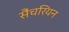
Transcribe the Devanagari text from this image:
सैंचरियन